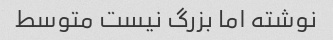
نوشته اما بزرگ نیست متوسط